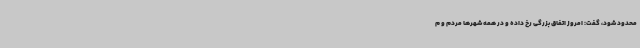
محدود شود، گفت: امروز اتفاق بزرگی رخ داده و در همه شهرها مردم و م